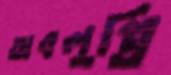
অবলুপ্তি